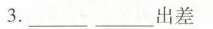
3.______出差